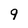
Character: 9